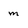
Character: m